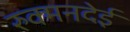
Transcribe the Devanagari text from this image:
रुक्मनदेई